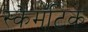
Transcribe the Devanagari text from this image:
स्केमॅटिक